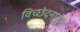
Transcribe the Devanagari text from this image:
विच्छेदनातून